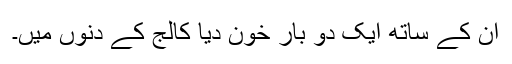
ان کے ساتھ ایک دو بار خون دیا کالج کے دنوں میں۔